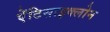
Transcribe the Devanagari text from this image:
ऐंटिसाइक्लोन